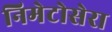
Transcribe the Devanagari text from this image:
निमेटोसेरा